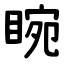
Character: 睕